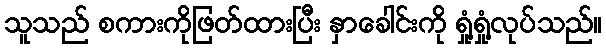
သူသည် စကားကိုဖြတ်ထားပြီး နှာခေါင်းကို ရှုံ့ရှုံ့လုပ်သည်။